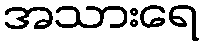
အသားရေ